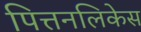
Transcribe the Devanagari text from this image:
पित्तनलिकेस